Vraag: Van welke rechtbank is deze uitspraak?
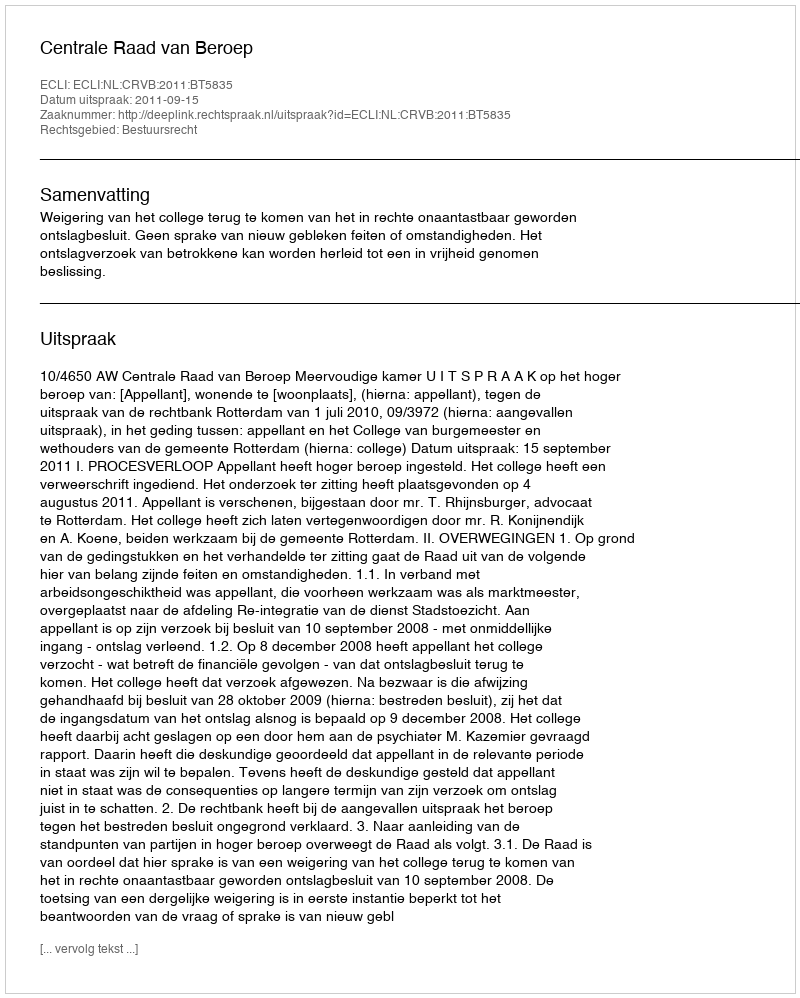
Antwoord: Centrale Raad van Beroep